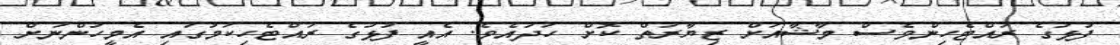
ފުޅުގެ ރައްޓެހިންވެސް މާޝާއަށް ޒިޔާރަތް ކޮށް ހަދައެވެ. އެއީ ފުޅުގެ ރައްޓެހިކަމުގައި އެމީހުންނަށް